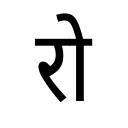
OCR:
रो